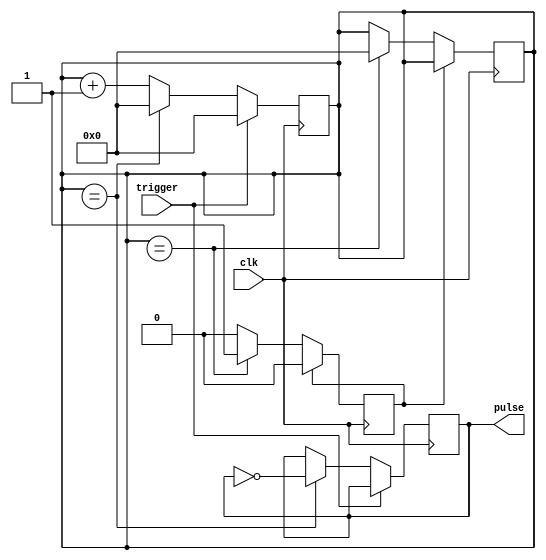
module Asynchronous_Pulse_Generator (
    input wire trigger,
    input wire clk,
    output reg pulse
);
    
reg [7:0] timer;
reg [7:0] duration;
reg [7:0] frequency;
reg sync;

always @(posedge clk) begin
    if (trigger) begin
        timer <= 0;
    end else begin
        if (timer == duration) begin
            timer <= 0;
            pulse <= ~pulse;
        end else begin
            timer <= timer + 1;
        end
    end
end

always @(posedge clk) begin
    if (sync) begin
        sync <= 0;
    end else begin
        if (timer == frequency) begin
            sync <= 1;
            timer <= 0;
        end
    end
end

endmodule